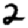
Digit: 2